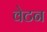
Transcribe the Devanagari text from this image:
वेटन